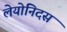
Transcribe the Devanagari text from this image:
लेयोनिदस